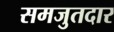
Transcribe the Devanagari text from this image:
समजुतदार